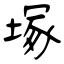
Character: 塚